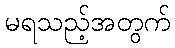
မရသည့်အတွက်